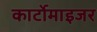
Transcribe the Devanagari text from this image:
कार्टोमाइजर